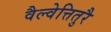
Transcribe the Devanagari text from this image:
वैल्वेत्तितुरै